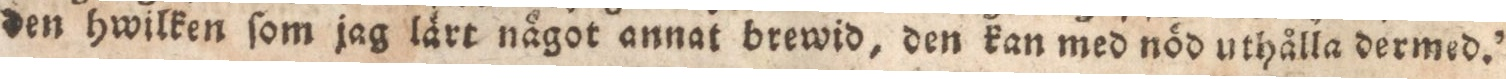
den hwilken ſom jag lärt något annat brewid, den kan med nöd uthålla dermed.”